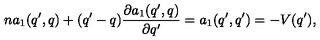
n a _ { 1 } ( q ^ { \prime } , q ) + ( q ^ { \prime } - q ) \frac { \partial a _ { 1 } ( q ^ { \prime } , q ) } { \partial q ^ { \prime } } = a _ { 1 } ( q ^ { \prime } , q ^ { \prime } ) = - V ( q ^ { \prime } ) ,